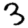
Digit: 3